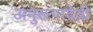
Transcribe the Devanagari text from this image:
अनुरूपादेवी